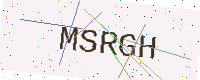
Text: MSRGH